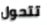
تتحول